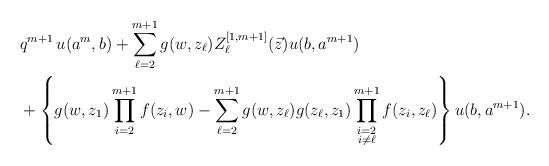
LaTeX: \begin{align*}& q^{m+1}\, u(a^{m}, b)+\sum_{\ell=2}^{m+1}g(w, z_{\ell})Z_{\ell}^{[1, m+1]}(\vec{z}) u(b, a^{m+1}) \\ &+\left\{ g(w, z_{1})\prod_{i=2}^{m+1}f(z_{i}, w)-\sum_{\ell=2}^{m+1}g(w, z_{\ell})g(z_{\ell}, z_{1})\prod_{\begin{subarray}{c} i=2 \\ i\not=\ell \end{subarray}}^{m+1}f(z_{i}, z_{\ell}) \right\}u(b, a^{m+1}). \end{align*}